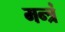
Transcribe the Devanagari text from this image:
मन्त्रं